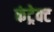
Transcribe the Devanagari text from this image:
कंट्रेक्ट